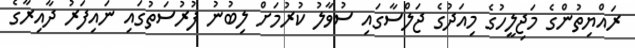
ރައްޔިތުންގެ މަޖިލީހުގެ މިއަދުގެ ޖަލްސާގައި ސުވާލު ކުރުމަށް ލިބުނު ފުރުސަތުގައި ނައިފަރު ދާއިރާގެ